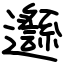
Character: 邎